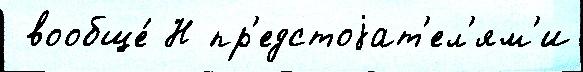
 вообще́ Н пр'едстоjат'ел'ям'и